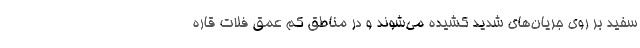
سفید بر روی جریان‌های شدید کشیده می‌شوند و در مناطق کم عمق فلات قاره